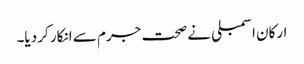
ارکان اسمبلی نے صحت جرم سے انکار کر دیا۔